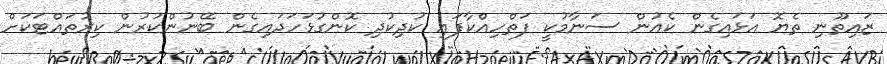
ޒައިތޫނި ތެޔޮ އަޅައިގެން ކެއުން ސަނާމުކީ ފަތްހިއްކާފައި ކުދިކުދި ކޮންގުޅަހަދައިގެން ބޭނުންކުރުން ކިރުތައްޓަކަށް